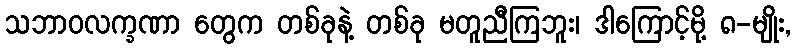
သဘာဝလက္ခဏာ တွေက တစ်ခုနဲ့ တစ်ခု မတူညီကြဘူး၊ ဒါကြောင့်မို့ ၈-မျိုး,